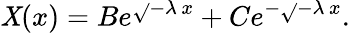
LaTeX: \mathit{X}(x)=Be^{{\sqrt{}{{-\lambda}}}\, x}+Ce^{-{\sqrt{}{{-\lambda}}}\, x}.